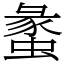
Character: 䗍